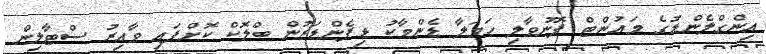
އިންގްލެންޑުގެ މައުންޓް ފޮނުވާލި ހަމަލާ ޑެންމާކު ޑިފެންޑަރުން ބްލޮކް ކޮށްފައި ވާއިރު ސްޓާލިން